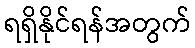
ရရှိနိုင်ရန်အတွက်